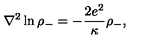
{ \nabla } ^ { 2 } \ln { { \rho } _ { - } } = - { \frac { 2 e ^ { 2 } } { \kappa } } { \rho } _ { - } ,